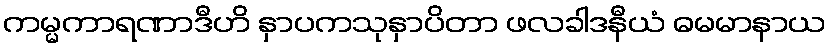
ကမ္မကာရဏာဒီဟိ နှာပကသုနှာပိတာ ဖလခါဒနီယံ ဓမမာနာယ